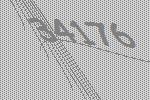
34176